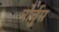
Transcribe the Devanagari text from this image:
नोर्चुस